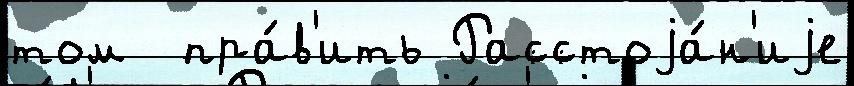
том  пра́в'ить Расстоjа́н'иjе